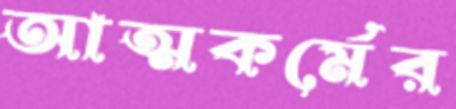
আত্মকর্মের